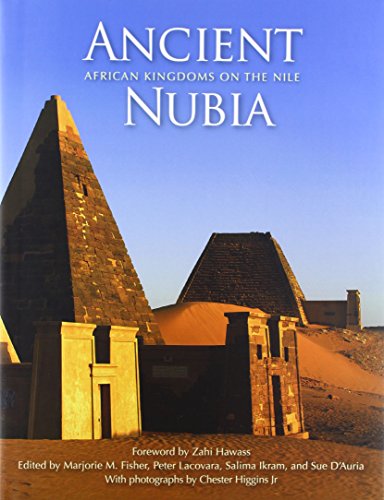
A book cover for Ancient Nubia: African Kingdoms on the Nile; History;